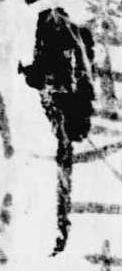
申